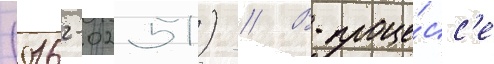
(0162-0251) // В проце́сс'е